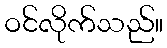
ဝင်လိုက်သည်။